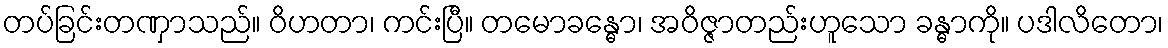
တပ်ခြင်းတဏှာသည်။ ဝိဟတာ၊ ကင်းပြီ။ တမောခန္ဓော၊ အဝိဇ္ဇာတည်းဟူသော ခန္ဓာကို။ ပဒါလိတော၊